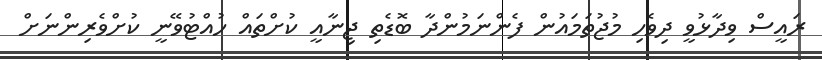
ރައީސް ވިދާޅުވީ ދިވެހި މުޖުތަމައުން ފެންނަމުންދާ ބޮޑެތި ޖިނާއީ ކުށްތައް ހުއްޓުވޭނީ ކުށްވެރިންނަށް